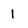
Character: 1